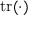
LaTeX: \operatorname { t r } ( \cdot )